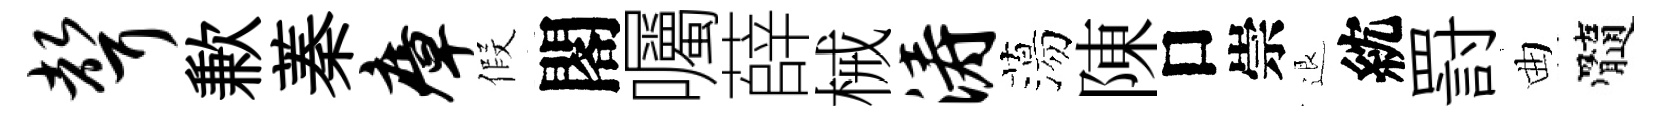
声歉蓁瘴假閣囑薛械涛蕩陳口崇退紞罸曲髓